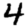
Digit: 4